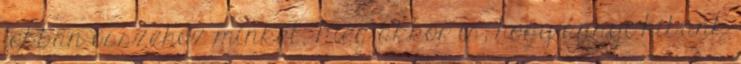
jobban összehoz minket. Még akkor is, hogy annyi hibánk